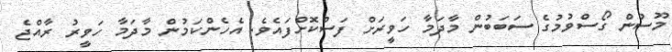
މޫސުން ގޯސްވުމުގެ ސަަބަބުން މާދަމާ ހަވީރަށް ފަސްކޮށްފައެވެ. އެހެންކަމުން މާދަމާ ހަވީރު ރާއްޖެ